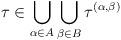
LaTeX: \begin{align*}\tau \in\bigcup_{\alpha \in A} \bigcup_{\beta\in B}\tau^{(\alpha, \beta)}\end{align*}